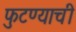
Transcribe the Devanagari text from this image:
फुटण्याची